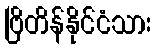
ဗြိတိန်နိုင်ငံသား